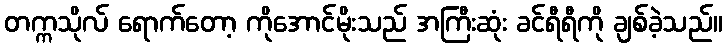
တက္ကသိုလ် ရောက်တော့ ကိုအောင်မိုးသည် အကြီးဆုံး ခင်ရီရီကို ချစ်ခဲ့သည်။